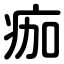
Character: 痂